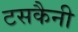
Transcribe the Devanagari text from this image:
टसकैनी